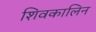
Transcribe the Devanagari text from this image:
शिवकालिन